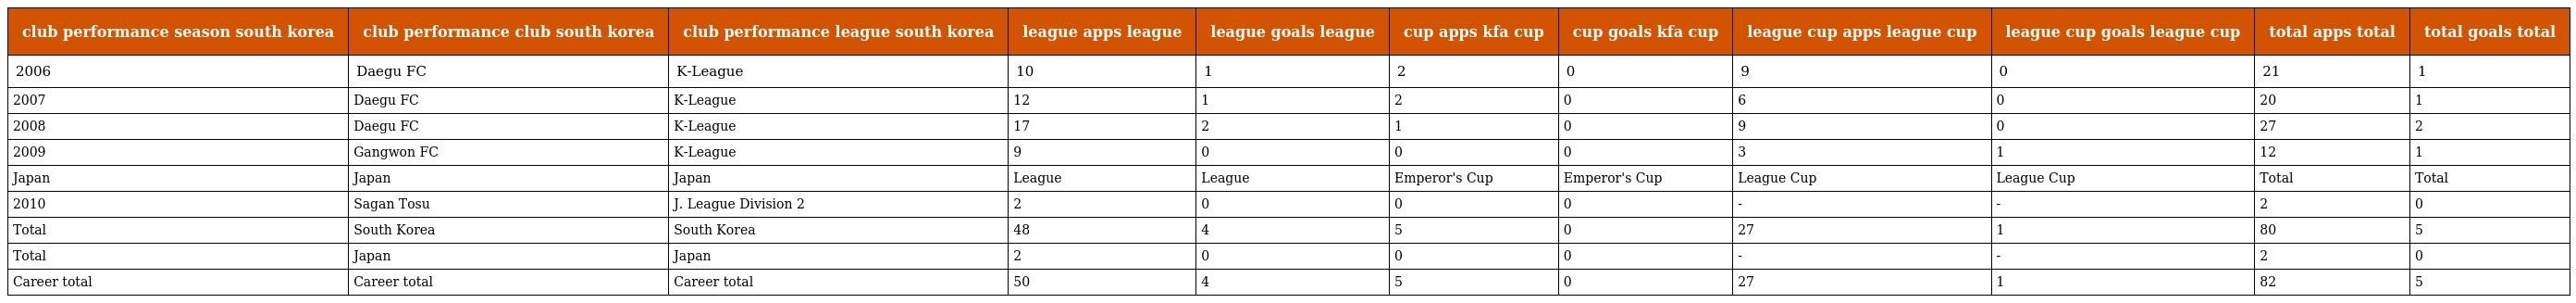
| club performance season south korea | club performance club south korea | club performance league south korea | league apps league | league goals league | cup apps kfa cup | cup goals kfa cup | league cup apps league cup | league cup goals league cup | total apps total | total goals total |
 | --- | --- | --- | --- | --- | --- | --- | --- | --- | --- | --- |
 | 2006 | Daegu FC | K-League | 10 | 1 | 2 | 0 | 9 | 0 | 21 | 1 |
 | 2007 | Daegu FC | K-League | 12 | 1 | 2 | 0 | 6 | 0 | 20 | 1 |
 | 2008 | Daegu FC | K-League | 17 | 2 | 1 | 0 | 9 | 0 | 27 | 2 |
 | 2009 | Gangwon FC | K-League | 9 | 0 | 0 | 0 | 3 | 1 | 12 | 1 |
 | Japan | Japan | Japan | League | League | Emperor's Cup | Emperor's Cup | League Cup | League Cup | Total | Total |
 | 2010 | Sagan Tosu | J. League Division 2 | 2 | 0 | 0 | 0 | - | - | 2 | 0 |
 | Total | South Korea | South Korea | 48 | 4 | 5 | 0 | 27 | 1 | 80 | 5 |
 | Total | Japan | Japan | 2 | 0 | 0 | 0 | - | - | 2 | 0 |
 | Career total | Career total | Career total | 50 | 4 | 5 | 0 | 27 | 1 | 82 | 5 |